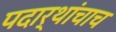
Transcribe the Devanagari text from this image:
पदार्थांचाच